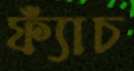
ফ্যাঁচ